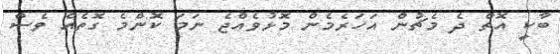
ބާކީ އޮތް ދެ މެޗުން އަހަރެމެން މޮޅުވެއްޖެ ނަމަ ކޮންމެ ގޮތެއް ވެސް